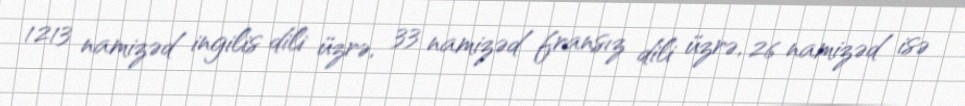
1213 namizəd ingilis dili üzrə, 33 namizəd fransız dili üzrə, 26 namizəd isə